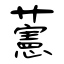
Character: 藼